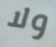
ولا